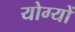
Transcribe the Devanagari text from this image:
योग्यों